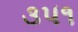
૩૫૧